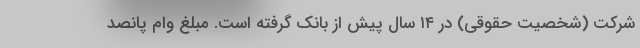
شرکت (شخصیت حقوقی) در ۱۴ سال پیش از بانک گرفته است. مبلغ وام پانصد